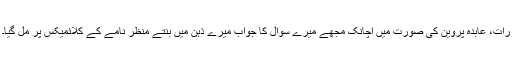
رات، عابدہ پروین کی صورت میں اچانک مجھے میرے سوال کا جواب میرے ذہن میں بُنتے منظر نامے کے کلائمیکس پر مل گیا۔